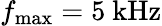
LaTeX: f_{\mathrm{max}}=5~\mathrm{kHz}